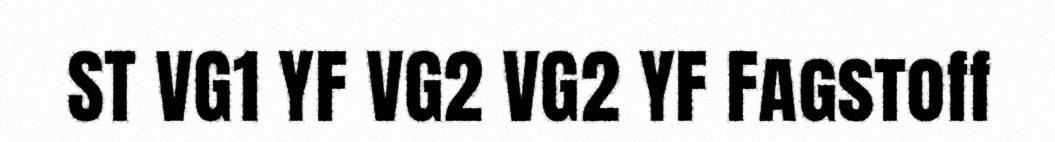
ST VG1 YF VG2 VG2 YF Fagstoff